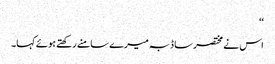
‘‘
اس نے مختصر سا ڈبہ میرے سامنے رکھتے ہوئے کہا۔